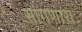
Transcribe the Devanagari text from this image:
सांंगणारा